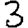
Digit: 3